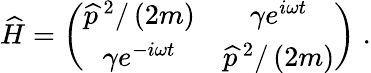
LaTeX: \widehat{H}=\left(\begin{array}{cc}{\widehat{p}^{\, 2}/\left(2m\right)}&{\gamma e^{i\omega t}}\\ {\gamma e^{-i\omega t}}&{\widehat{p}^{\, 2}/\left(2m\right)}\end{array}\right)\; .